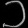
Digit: ၁